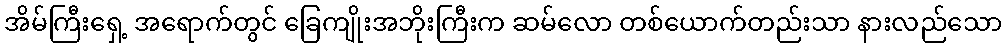
အိမ်ကြီးရှေ့ အရောက်တွင် ခြေကျိုးအဘိုးကြီးက ဆမ်လော တစ်ယောက်တည်းသာ နားလည်သော